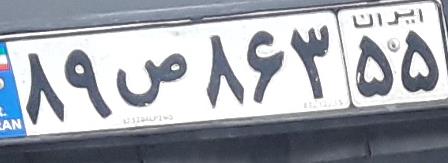
۸۹ص۸۶۳۵۵